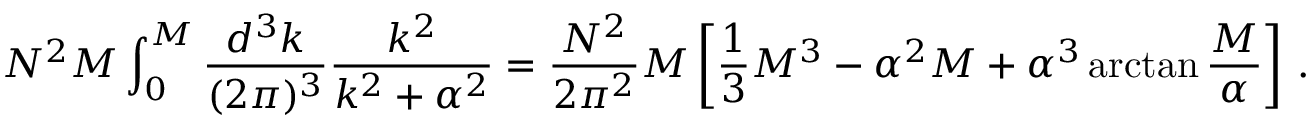
N ^ { 2 } M \int _ { 0 } ^ { M } { \frac { d ^ { 3 } k } { ( 2 \pi ) ^ { 3 } } } { \frac { k ^ { 2 } } { k ^ { 2 } + \alpha ^ { 2 } } } = { \frac { N ^ { 2 } } { 2 \pi ^ { 2 } } } M \left[ { \frac { 1 } { 3 } } M ^ { 3 } - \alpha ^ { 2 } M + \alpha ^ { 3 } \arctan { \frac { M } { \alpha } } \right] \, .